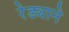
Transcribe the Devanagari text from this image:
रेड्याने